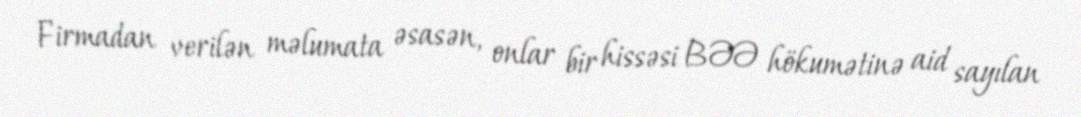
Firmadan verilən məlumata əsasən, onlar bir hissəsi BƏƏ hökumətinə aid sayılan